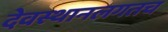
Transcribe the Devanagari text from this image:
देवस्थानलगतच